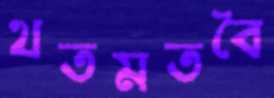
থতমতবৈ